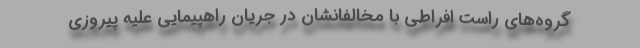
گروه‌های راست افراطی با مخالفانشان در جریان راهپیمایی علیه پیروزی